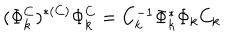
( \Phi _ { k } ^ { C } ) ^ { * ( C ) } \Phi _ { k } ^ { C } = C _ { k } ^ { - 1 } \Phi _ { k } ^ { * } \Phi _ { k } C _ { k }